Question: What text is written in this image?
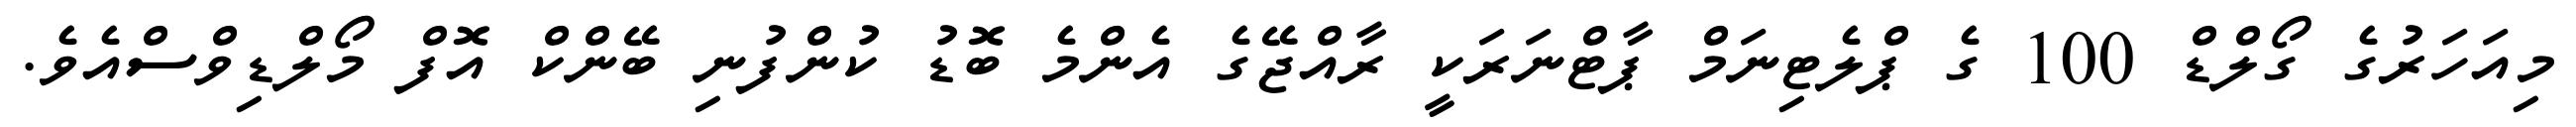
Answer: މިއަހަރުގެ ގޯލްޑް 100 ގެ ޕްލެޓިނަމް ޕާޓްނަރަކީ ރާއްޖޭގެ އެންމެ ބޮޑު ކުންފުނި ބޭންކް އޮފް މޯލްޑިވްސްއެވެ.